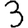
Digit: 3